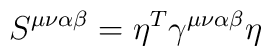
S^{\mu\nu\alpha\beta}=\eta^{T}\gamma^{\mu\nu\alpha\beta}\eta